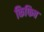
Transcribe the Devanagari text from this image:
किफिब